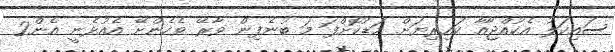
ސައިކަލު އެކުއްޖާއާ ކައިރިޔަށް މަޑުކޮށްފަ މަ ބުނެފިން ވާރޭ ވެހެންށޭ އެއުޅެނީ އެން2